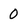
Character: 0